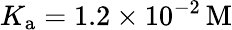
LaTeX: K_{\mathrm{a}}=1.2\times 10^{-2}\, \mathrm{M}